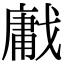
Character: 𢧳